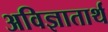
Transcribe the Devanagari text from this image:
अविज्ञातार्थ